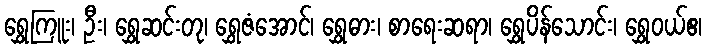
ရွှေကြူး၊ ဦး၊ ရွှေဆင်းတု၊ ရွှေဇံအောင်၊ ရွှေဓား၊ စာရေးဆရာ၊ ရွှေပိန်သောင်း၊ ရွှေဝယ်ဧ၊